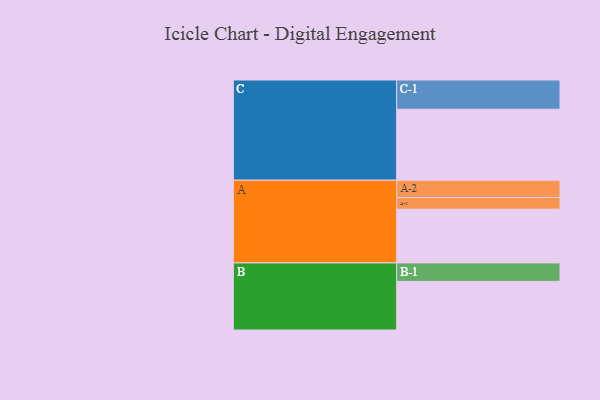
{"axis": {"x": "Segment", "y": "Value"}, "legend": ["", "A", "B", "C"], "data": [{"x": "A", "y": 347, "type": ""}, {"x": "B", "y": 314, "type": ""}, {"x": "C", "y": 458, "type": ""}, {"x": "A-1", "y": 75, "type": "A"}, {"x": "A-2", "y": 112, "type": "A"}, {"x": "B-1", "y": 119, "type": "B"}, {"x": "C-1", "y": 189, "type": "C"}]}